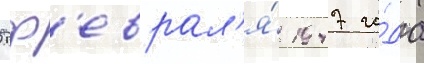
5 ф'еврал'я́ 1947 го́да